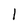
Character: l